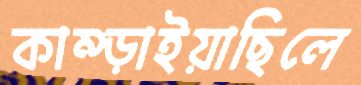
কাম্‌ড়াইয়াছিলে